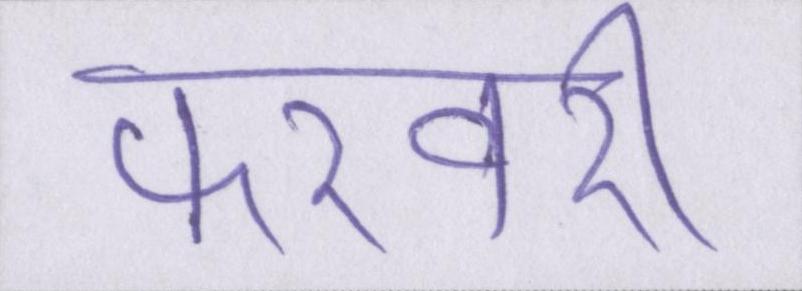
फरवरी